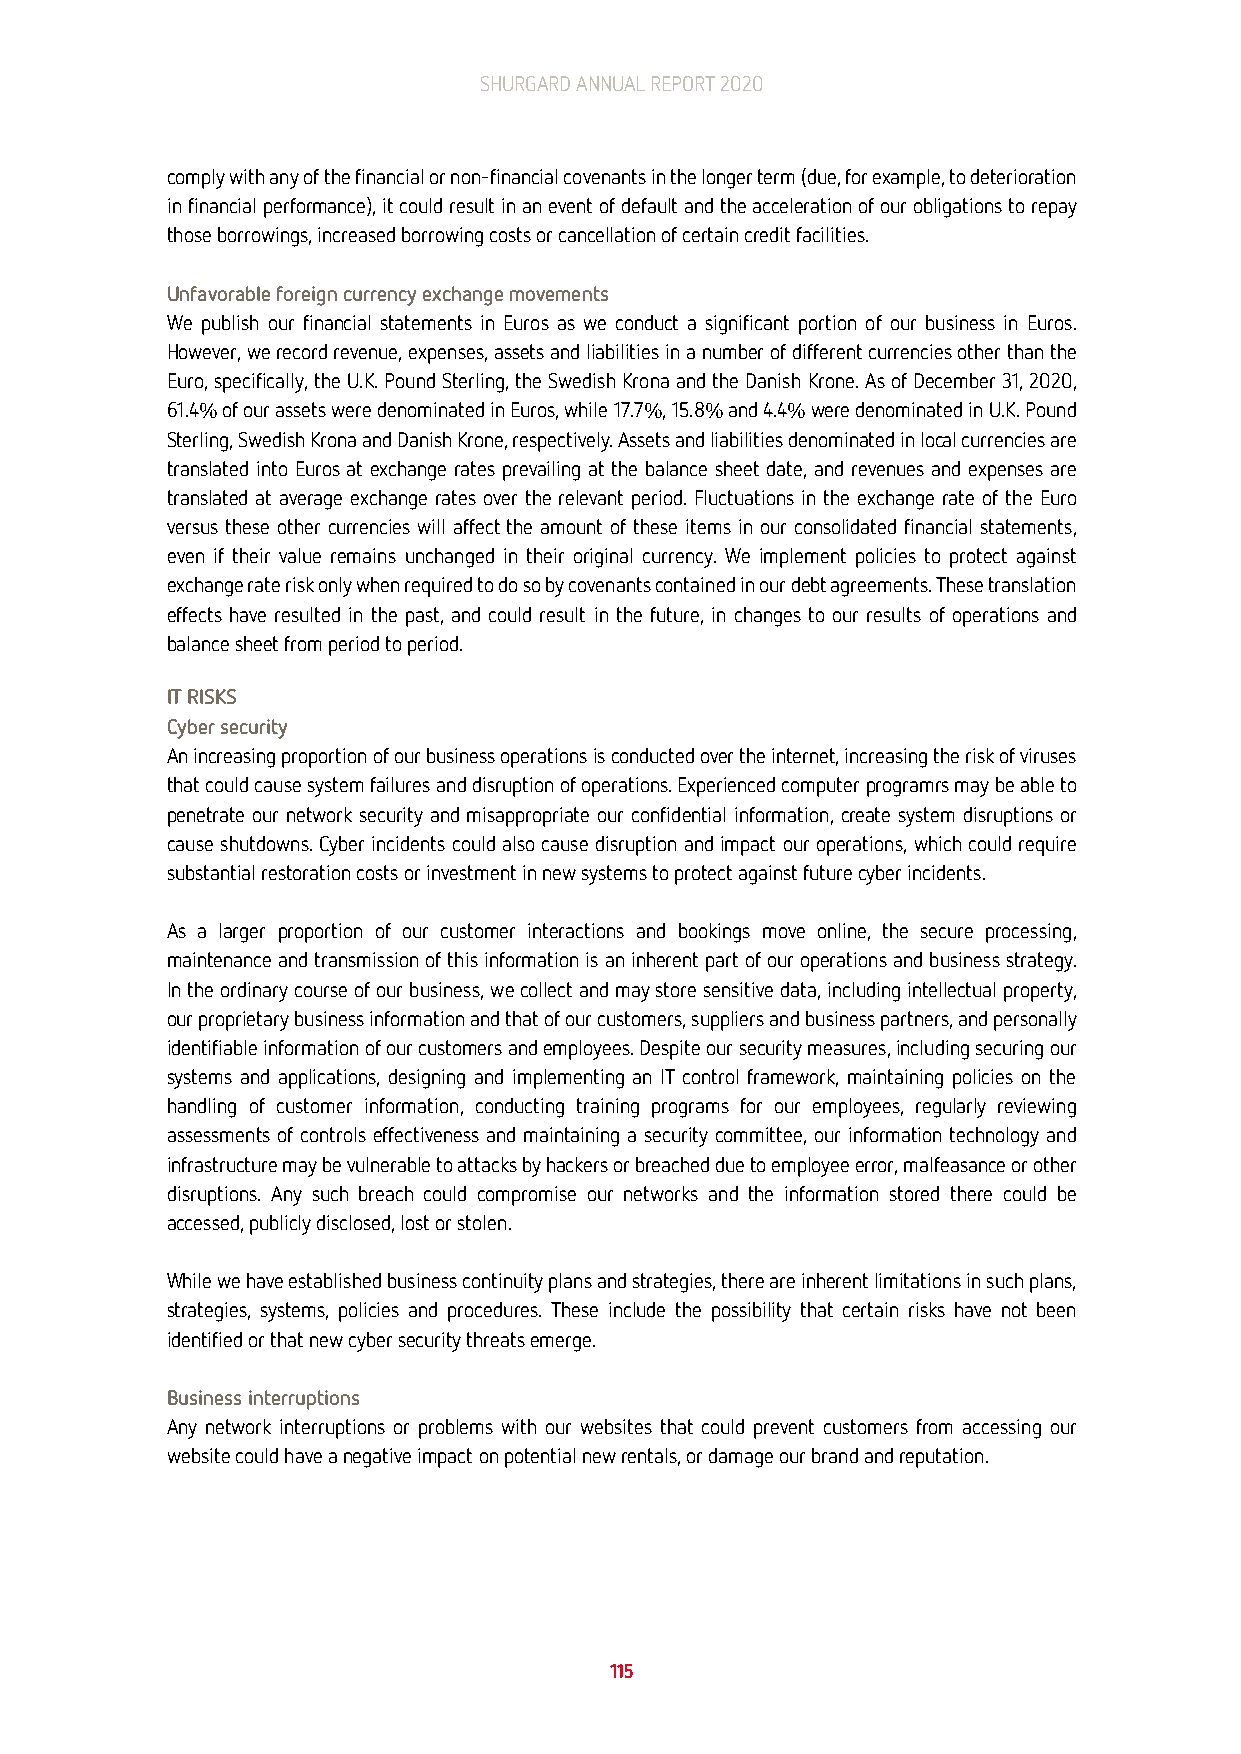
SHURGARD ANNUAL REPORT 2020
 comply with any of the financial or non-financial covenants in the longer term (due, for example, to deterioration
 in financial performance), it could result in an event of default and the acceleration of our obligations to repay
 those borrowings, increased borrowing costs or cancellation of certain credit facilities.
 Unfavorable foreign currency exchange movements
 We publish our financial statements in Euros as we conduct a significant portion of our business in Euros.
 However, we record revenue, expenses, assets and liabilities in a number of different currencies other than the
 Euro, specifically, the U.K. Pound Sterling, the Swedish Krona and the Danish Krone. As of December 31, 2020,
 61.4% of our assets were denominated in Euros, while 17.7%, 15.8% and 4.4% were denominated in U.K. Pound
 Sterling, Swedish Krona and Danish Krone, respectively. Assets and liabilities denominated in local currencies are
 translated into Euros at exchange rates prevailing at the balance sheet date, and revenues and expenses are
 translated at average exchange rates over the relevant period. Fluctuations in the exchange rate of the Euro
 versus these other currencies will affect the amount of these items in our consolidated financial statements,
 even if their value remains unchanged in their original currency. We implement policies to protect against
 exchange rate risk only when required to do so by covenants contained in our debt agreements. These translation
 effects have resulted in the past, and could result in the future, in changes to our results of operations and
 balance sheet from period to period.
 IT RISKS
 Cyber security
 An increasing proportion of our business operations is conducted over the internet, increasing the risk of viruses
 that could cause system failures and disruption of operations. Experienced computer programrs may be able to
 penetrate our network security and misappropriate our confidential information, create system disruptions or
 cause shutdowns. Cyber incidents could also cause disruption and impact our operations, which could require
 substantial restoration costs or investment in new systems to protect against future cyber incidents.
 As a larger proportion of our customer interactions and bookings move online, the secure processing,
 maintenance and transmission of this information is an inherent part of our operations and business strategy.
 In the ordinary course of our business, we collect and may store sensitive data, including intellectual property,
 our proprietary business information and that of our customers, suppliers and business partners, and personally
 identifiable information of our customers and employees. Despite our security measures, including securing our
 systems and applications, designing and implementing an IT control framework, maintaining policies on the
 handling of customer information, conducting training programs for our employees, regularly reviewing
 assessments of controls effectiveness and maintaining a security committee, our information technology and
 infrastructure may be vulnerable to attacks by hackers or breached due to employee error, malfeasance or other
 disruptions. Any such breach could compromise our networks and the information stored there could be
 accessed, publicly disclosed, lost or stolen.
 While we have established business continuity plans and strategies, there are inherent limitations in such plans,
 strategies, systems, policies and procedures. These include the possibility that certain risks have not been
 identified or that new cyber security threats emerge.
 Business interruptions
 Any network interruptions or problems with our websites that could prevent customers from accessing our
 website could have a negative impact on potential new rentals, or damage our brand and reputation.
 115